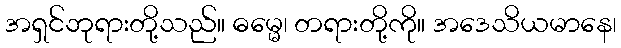
အရှင်ဘုရားတို့သည်။ ဓမ္မေ၊ တရားတို့ကို။ အဒေသိယမာနေ၊